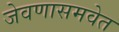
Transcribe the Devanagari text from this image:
जेवणासमवेत